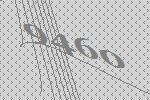
9460